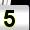
Digit: 5